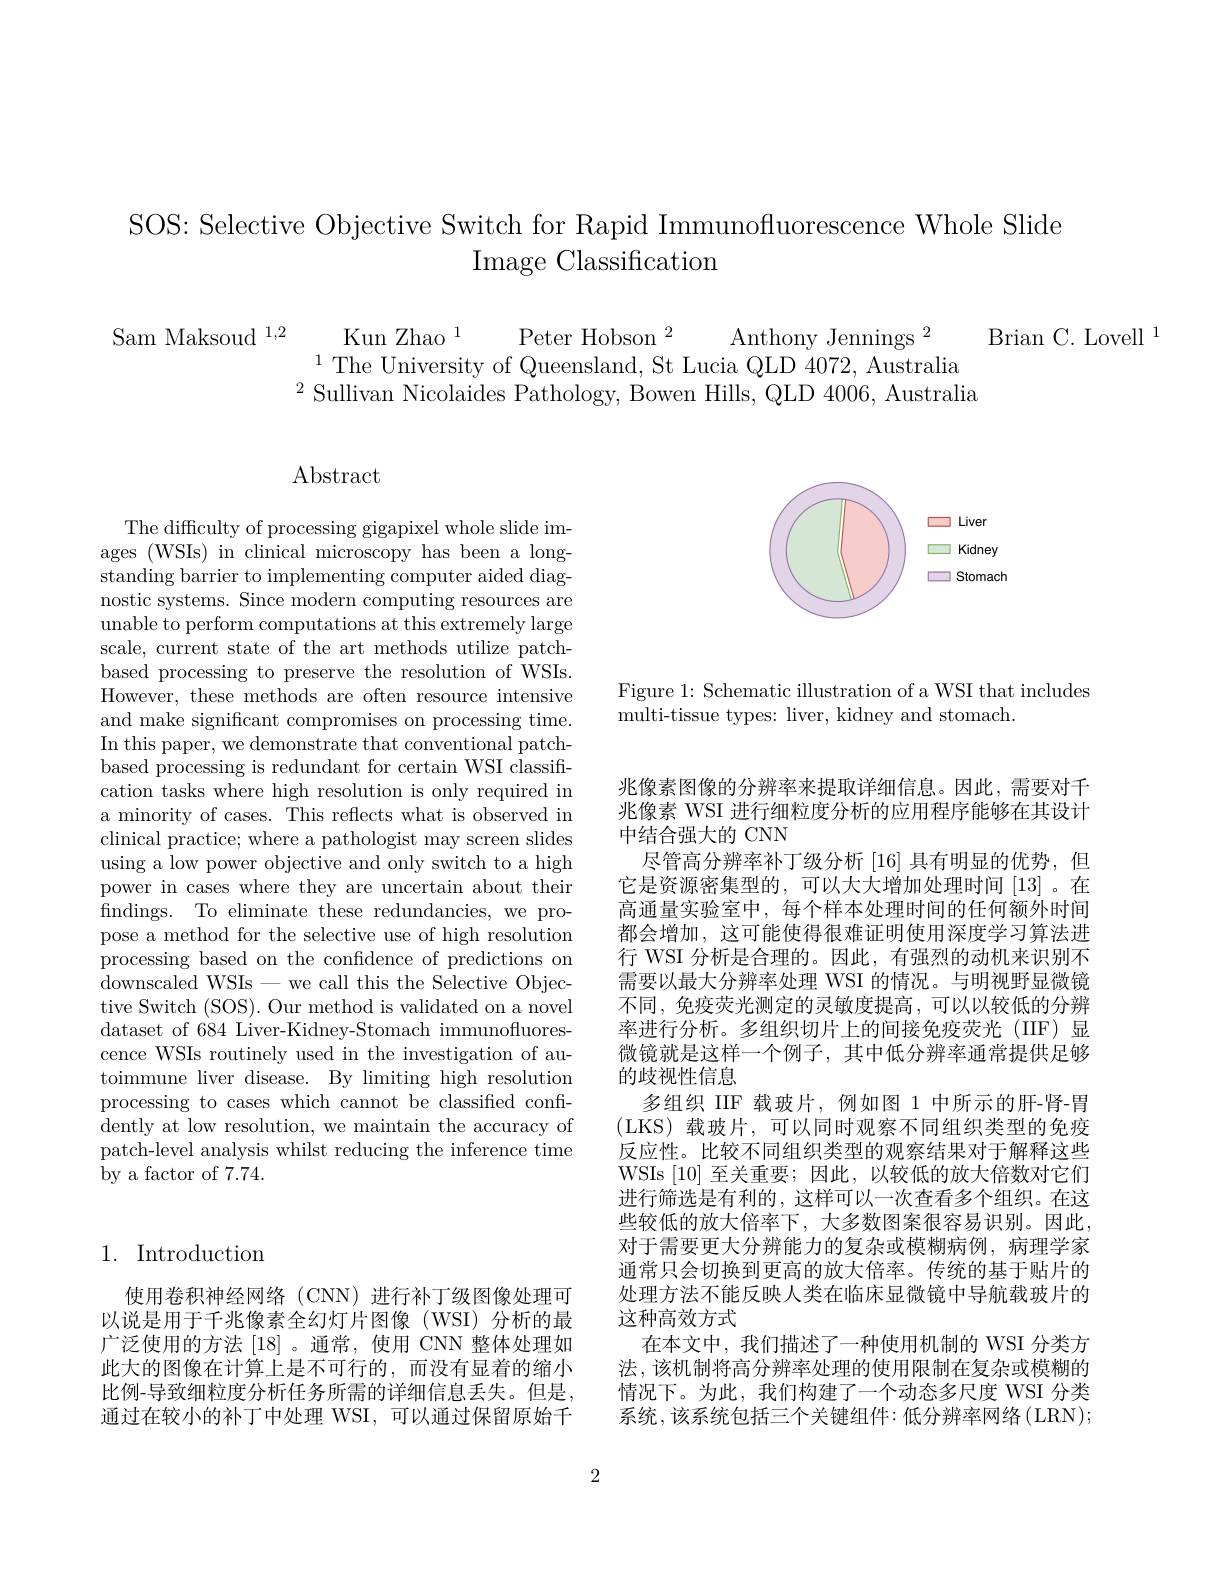
# SOS: Selective Objective Switch for Rapid Immunofluorescence Whole Slide Image Classification

Sam Maksoud 1,2
Kun Zhao$^1$ Peter Hobson$^2$ Anthony Jennings$^2$
Brian C. Lovell $^{1}$
$^{1}$The University of Queensland, St Lucia QLD 4072, Australia $^{2}$Sullivan Nicolaides Pathology, Bowen Hills, QLD 4006, Australia

## 1. Introduction

使用卷积神经网络(CNN)进行补丁级图像处理可以说是用于千兆像素全幻灯片图像(WSI)分析的最广泛使用的方法[18] 。通常，使用 CNN 整体处理如此大的图像在计算上是不可行的，而没有显着的缩小比例-导致细粒度分析任务所需的详细信息丢失。但是， 通过在较小的补丁中处理 WSI,可以通过保留原始千

## Abstract

The difficulty of processing gigapixel whole slide images (WSIs) in clinical microscopy has been a longstanding barrier to implementing computer aided diagnostic systems. Since modern computing resources are unable to perform computations at this extremely large scale, current state of the art methods utilize patchbased processing to preserve the resolution of WSIs. However, these methods are often resource intensive and make significant compromises on processing time. In this paper, we demonstrate that conventional patchbased processing is redundant for certain WSI classification tasks where high resolution is only required in a minority of cases. This reflects what is observed in clinical practice; where a pathologist may screen slides using a low power objective and only switch to a high power in cases where they are uncertain about their findings. To eliminate these redundancies, we propose a method for the selective use of high resolution processing based on the confidence of predictions on downscaled WSIs-we call this the Selective Objective Switch (SOS). Our method is validated on a novel dataset of 684 Liver-Kidney-Stomach immunofluorescence WSIs routinely used in the investigation of autoimmune liver disease. By limiting high resolution processing to cases which cannot be classified confidently at low resolution, we maintain the accuracy of patch-level analysis whilst reducing the inference time by a factor of 7.74.

<FigureHere>

Figure 1: Schematic illustration of a WSI that includes
multi-tissue types: liver, kidney and stomach.

兆像素图像的分辨率来提取详细信息。因此，需要对千兆像素 WSI 进行细粒度分析的应用程序能够在其设计中结合强大的 CNN
尽管高分辨率补丁级分析 [16] 具有明显的优势，但它是资源密集型的，可以大大增加处理时间 [13]。在高通量实验室中，每个样本处理时间的任何额外时间都会增加，这可能使得很难证明使用深度学习算法进行 WSI 分析是合理的。因此，有强烈的动机来识别不需要以最大分辨率处理 WSI 的情况。与明视野显微镜不同，免疫荧光测定的灵敏度提高，可以以较低的分辨率进行分析。多组织切片上的间接免疫荧光(IIF)显微镜就是这样一个例子，其中低分辨率通常提供足够的歧视性信息
多组织 IIF 载玻片，例如图 1 中所示的肝-肾-胃(LKS) 载玻片，可以同时观察不同组织类型的免疫反应性。比较不同组织类型的观察结果对于解释这些WSIs [10]至关重要；因此，以较低的放大倍数对它们进行筛选是有利的，这样可以一次查看多个组织。在这些较低的放大倍率下，大多数图案很容易识别。因此， 对于需要更大分辨能力的复杂或模糊病例，病理学家通常只会切换到更高的放大倍率。传统的基于贴片的处理方法不能反映人类在临床显微镜中导航载玻片的这种高效方式
在本文中，我们描述了一种使用机制的 WSI 分类方法，该机制将高分辨率处理的使用限制在复杂或模糊的情况下。为此，我们构建了一个动态多尺度 WSI 分类系统，该系统包括三个关键组件：低分辨率网络(LRN);

2